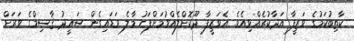
ކާތިބުކަމުގެ ވަޒީފާ އަދާކުރެއްވިއެވެ. އެވަޒީފާ ދޫކޮށްލެއްވުމަށްފަހު މާލެ ވަޑައިގެން ސަޢީދު ޤާސިމްގެ ވަރަށް